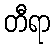
တီရာ